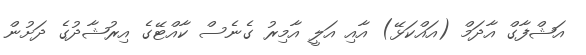
އަޝްފާގް އާދަމް (އައްކަޅޭ) އާއި އަލީ އާމިރު ގެނެސް ކާއްޓޭގެ އިރުޝާދުގެ ދަށުން